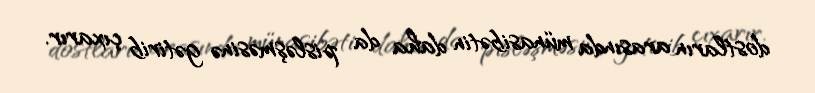
dostların arasında münasibətin daha da pisləşməsinə gətirib çıxarır.